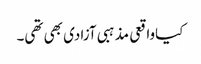
کیاواقعی مذہبی آزادی بھی تھی۔